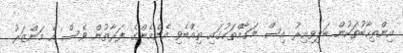
އިންތިހާބުތަކުން ބަލިވިއިރު އިސް މަގާމްތަކުގައި ތިއްބެވި އެންމެންގެ ފަރާތުން ވެސް އެ މަންޒަރު